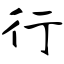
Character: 行